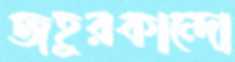
জহুরকান্দো